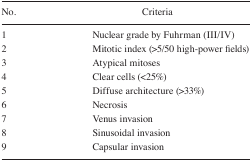
| No. | Criteria |
 | --- | --- |
 | 1 | Nuclear grade by Fuhrman (III/IV) |
 | 2 | Mitotic index (>5/50 high-power fields) |
 | 3 | Atypical mitoses |
 | 4 | Clear cells (<25%) |
 | 5 | Diffuse architecture (>33%) |
 | 6 | Necrosis |
 | 7 | Venus invasion |
 | 8 | Sinusoidal invasion |
 | 9 | Capsular invasion |